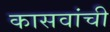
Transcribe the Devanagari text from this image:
कासवांची